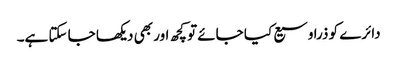
دائرے کو ذرا وسیع کیا جائے تو کچھ اور بھی دیکھا جا سکتا ہے۔